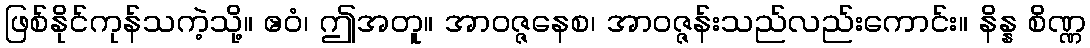
ဖြစ်နိုင်ကုန်သကဲ့သို့။ ဧဝံ၊ ဤအတူ။ အာဝဇ္ဇနေစ၊ အာဝဇ္ဇန်းသည်လည်းကောင်း။ နိန္န စိဏ္ဏ